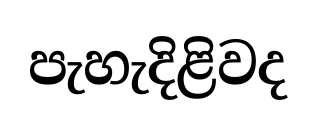
පැහැදිළිවද